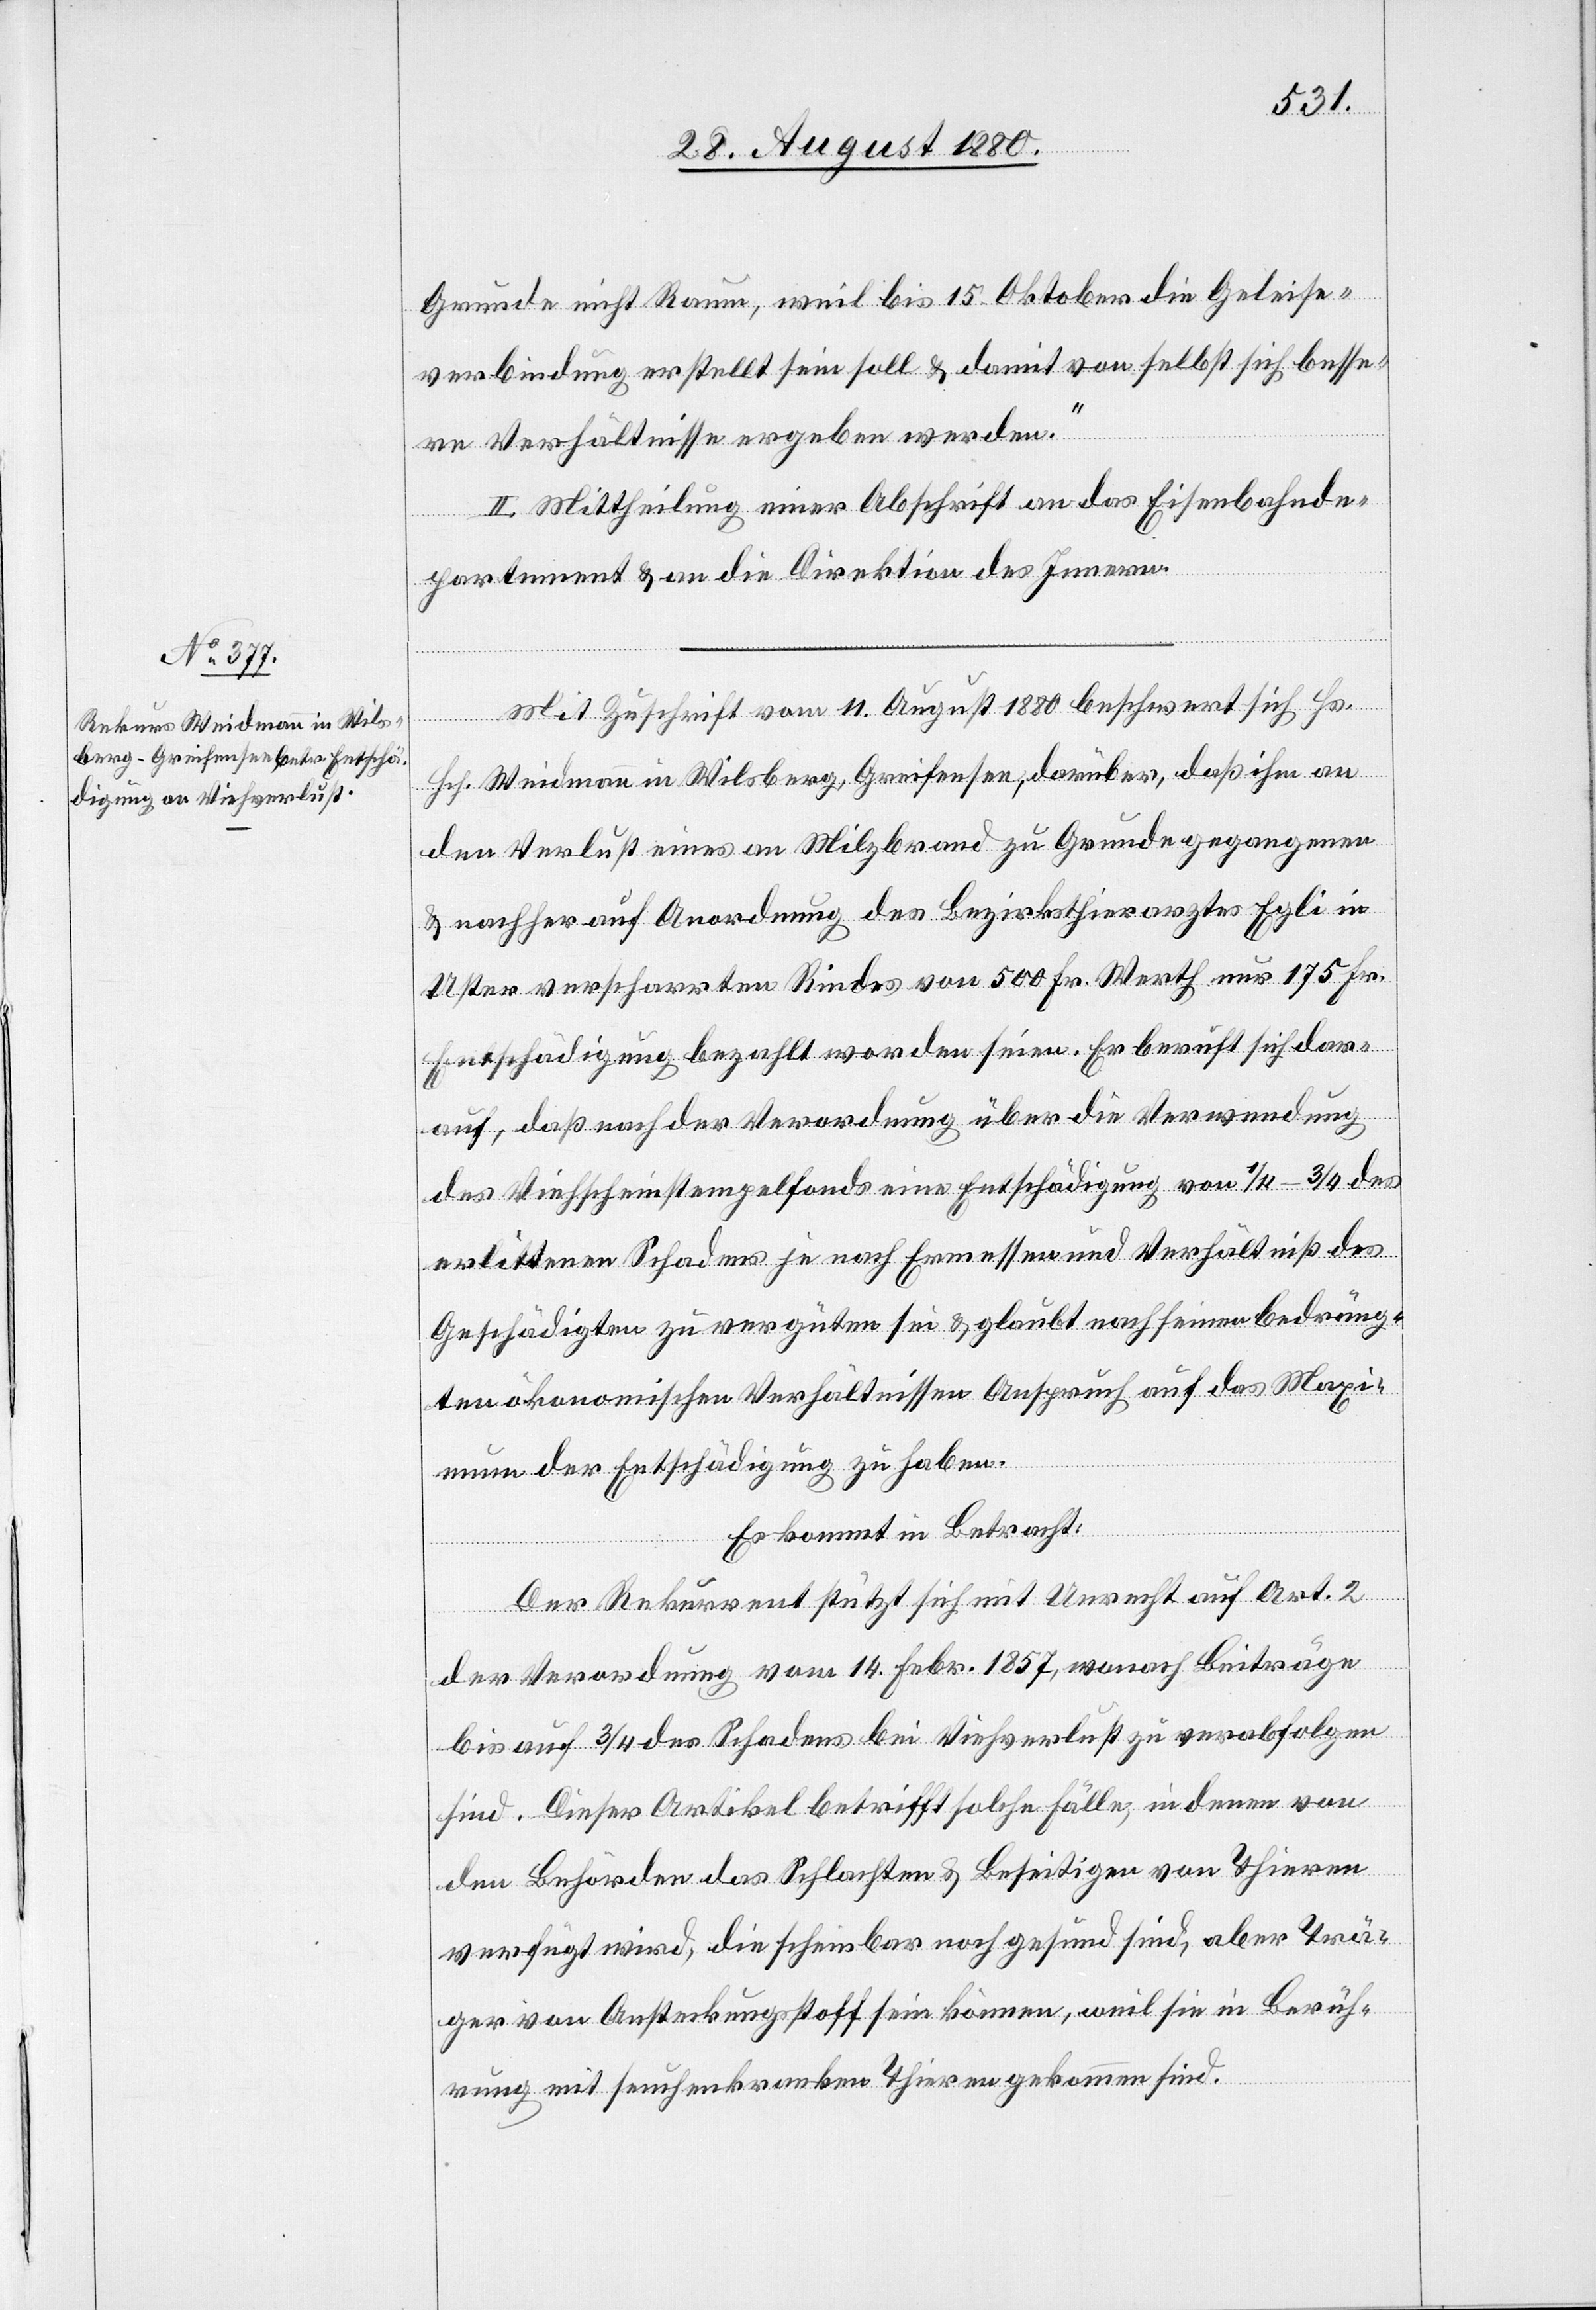
Grunde nicht Raum, weil bis 15. Oktober die Geleise¬
verbindung erstellt sein soll & damit von selbst sich besse¬
re Verhältnisse ergeben werden.“
II. Mittheilung einer Abschrift an das Eisenbahnde¬
partement & an die Direktion des Innern.
Mit Zuschrift vom 11. August 1880 beschwert sich Hs.
Hch. Weidmann in Wilsberg, Greifensee, darüber, daß ihm an
den Verlust eines an Milzbrand zu Grunde gegangenen
& nachher auf Anordnung des Bezirksthierarztes Egli in
Uster verscharrten Rindes von 500 Fr. Werth nur 175 Fr.
Entschädigung bezahlt worden seien. Er beruft sich dar¬
auf, daß nach der Verordnung über die Verwendung
des Viehscheinstempelfonds eine Entschädigung von 1/4–3/4 des
erlittenen Schadens je nach Ermessen und Verhältniß des
Geschädigten zu vergüten sei & glaubt nach seinen bedräng¬
ten ökonomischen Verhältnissen Anspruch auf das Maxi¬
mum der Entschädigung zu haben.
Es kommt in Betracht:
Der Rekurrent stützt sich mit Unrecht auf Art. 2
der Verordnung vom 14. Febr. 1857, wonach Beiträge
bis auf 3/4 des Schadens bei Viehverlust zu verabfolgen
sind. Dieser Artikel betrifft solche Fälle, in denen von
den Behörden das Schlachten & Beseitigen von Thieren
verfügt wird, die scheinbar noch gesund sind, aber Trä¬
ger von Ansteckungsstoff sein können, weil sie in Berüh¬
rung mit seuchenkranken Thieren gekommen sind.